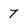
Character: 7